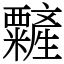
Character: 䊲